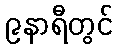
၉နာရီတွင်